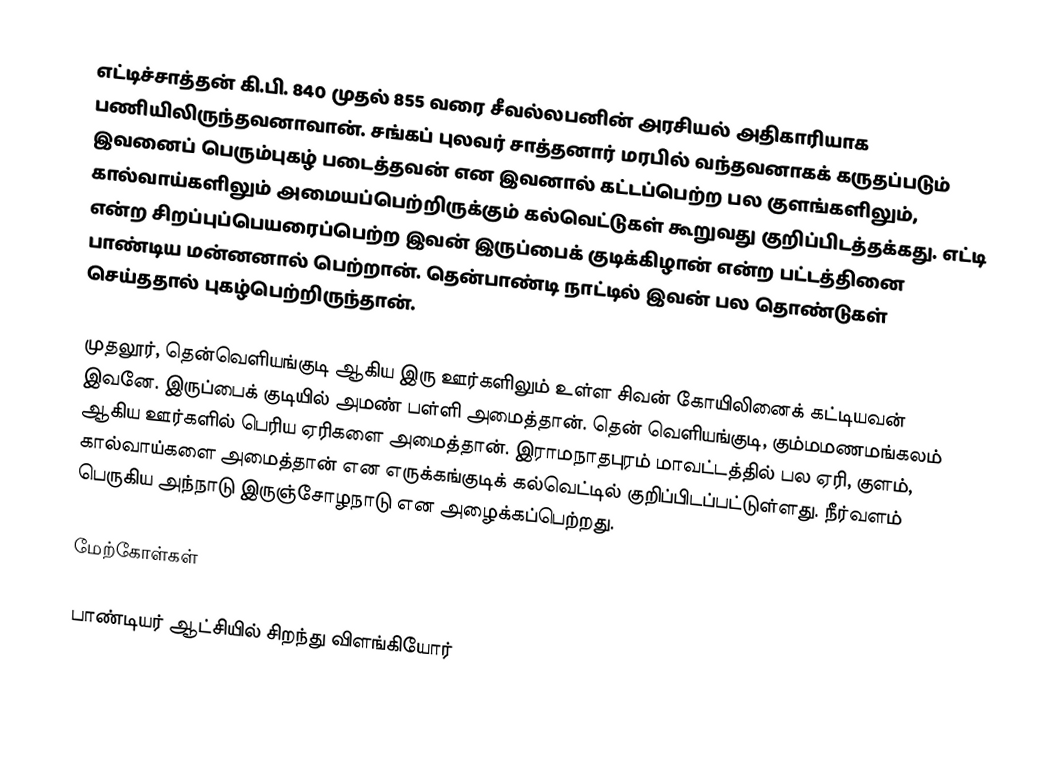
எட்டிச்சாத்தன் கி.பி. 840 முதல் 855 வரை சீவல்லபனின் அரசியல் அதிகாரியாக பணியிலிருந்தவனாவான். சங்கப் புலவர் சாத்தனார் மரபில் வந்தவனாகக் கருதப்படும் இவனைப் பெரும்புகழ் படைத்தவன் என இவனால் கட்டப்பெற்ற பல குளங்களிலும், கால்வாய்களிலும் அமையப்பெற்றிருக்கும் கல்வெட்டுகள் கூறுவது குறிப்பிடத்தக்கது. எட்டி என்ற சிறப்புப்பெயரைப்பெற்ற இவன் இருப்பைக் குடிக்கிழான் என்ற பட்டத்தினை பாண்டிய மன்னனால் பெற்றான். தென்பாண்டி நாட்டில் இவன் பல தொண்டுகள் செய்ததால் புகழ்பெற்றிருந்தான்.

முதலூர், தென்வெளியங்குடி ஆகிய இரு ஊர்களிலும் உள்ள சிவன் கோயிலினைக் கட்டியவன் இவனே. இருப்பைக் குடியில் அமண் பள்ளி அமைத்தான். தென் வெளியங்குடி, கும்மமணமங்கலம் ஆகிய ஊர்களில் பெரிய ஏரிகளை அமைத்தான். இராமநாதபுரம் மாவட்டத்தில் பல ஏரி, குளம், கால்வாய்களை அமைத்தான் என எருக்கங்குடிக் கல்வெட்டில் குறிப்பிடப்பட்டுள்ளது. நீர்வளம் பெருகிய அந்நாடு இருஞ்சோழநாடு என அழைக்கப்பெற்றது.

மேற்கோள்கள்

பாண்டியர் ஆட்சியில் சிறந்து விளங்கியோர்